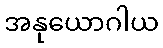
အနုယောဂါယ